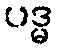
ပဒ္မ